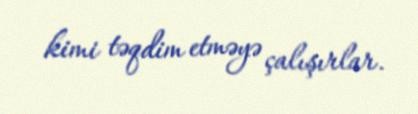
kimi təqdim etməyə çalışırlar.